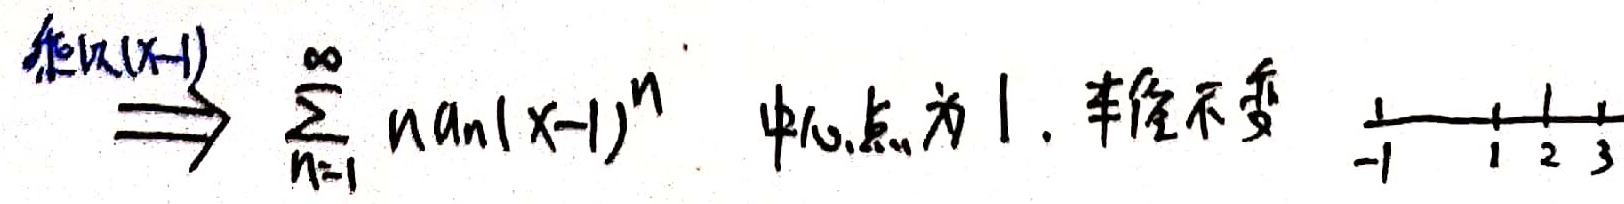
\xrightarrow[]{\text{相似}(x - 1)}\sum_{n = 1}^{\infty}na_n(x - 1)^n \text{ 中心点为1，半径不变}
\[\begin{array}{cccc}\vert&\vert&\vert&\vert\\ - 1&1&2&3\end{array}\]